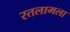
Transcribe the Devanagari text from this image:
रतलामला